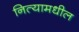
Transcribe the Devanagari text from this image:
नित्यामधील